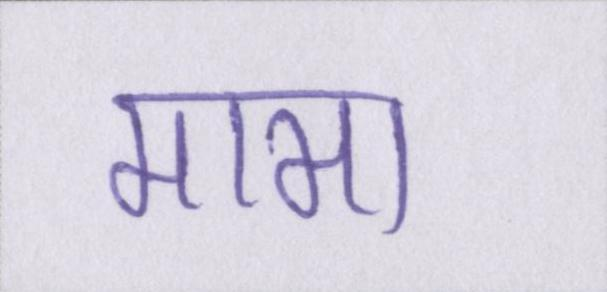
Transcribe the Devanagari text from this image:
मामा